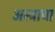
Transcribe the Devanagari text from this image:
अस्त्राचा